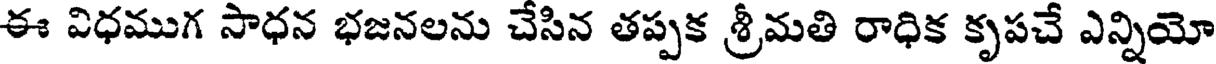
ఈ విధముగ సాధన భజనలను చేసిన తప్పక శ్రీమతి రాధిక కృపచే ఎన్నియో